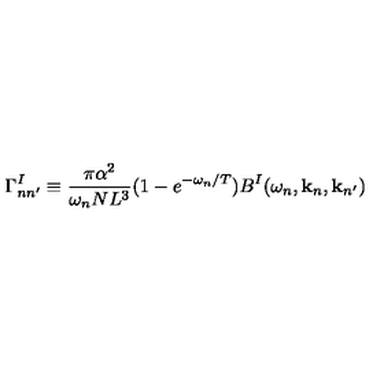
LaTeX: \Gamma _ { n n ^ { \prime } } ^ { I } \equiv \frac { \pi \alpha ^ { 2 } } { \omega _ { n } N L ^ { 3 } } ( 1 - e ^ { - \omega _ { n } / T } ) B ^ { I } ( \omega _ { n } , { \bf k } _ { n } , { \bf k } _ { n ^ { \prime } } )